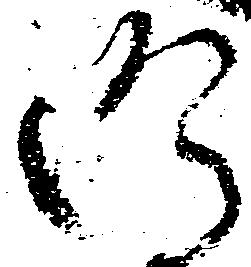
仍